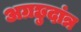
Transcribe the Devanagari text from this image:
अग्रछुदांत्र